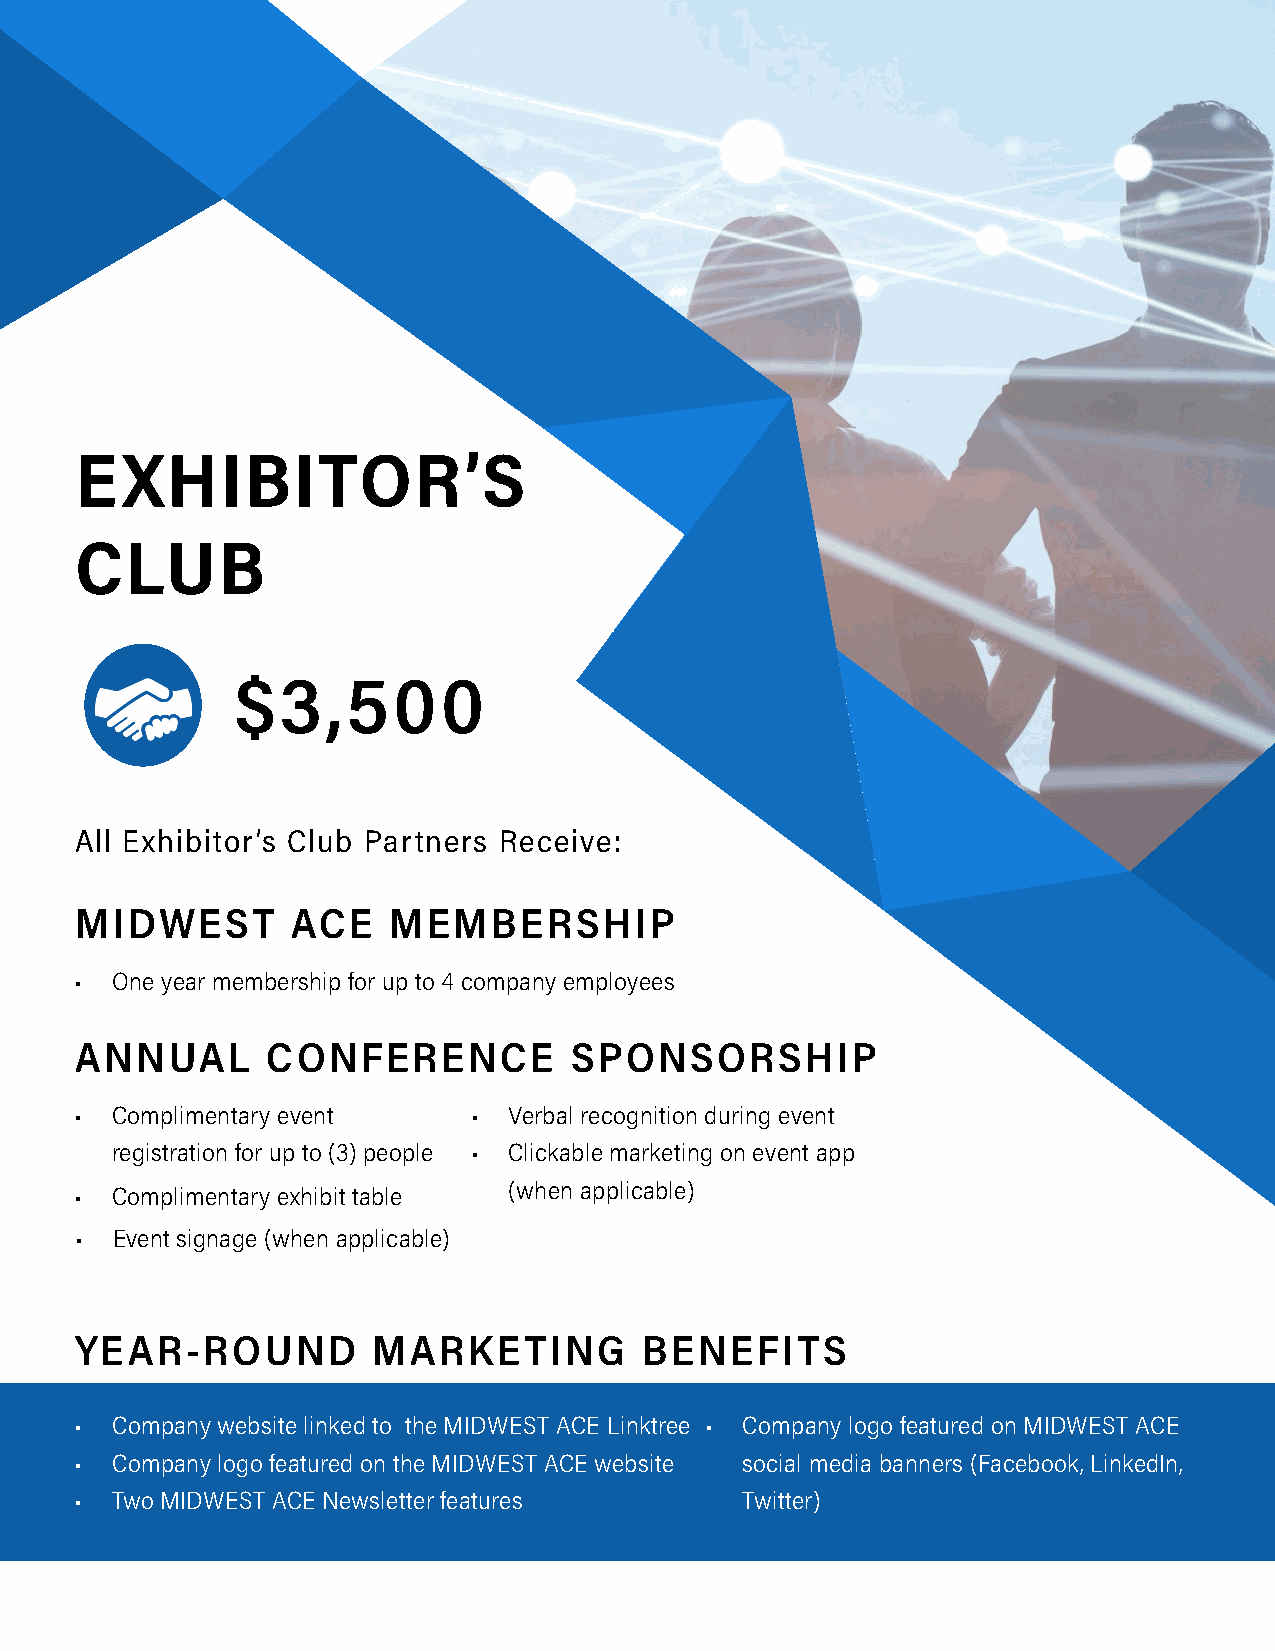
EXHIBITOR’S
 CLUB
 $3,500
 All Exhibitor’s Club Partners Receive:
 MIDWEST       ACE    MEMBERSHIP
 • One year membership for up to 4 company employees
 ANNUAL       CONFERENCE          SPONSORSHIP
 • Complimentary event     •  Verbal recognition during event
 registration for up to (3) people • Clickable marketing on event app
 • Complimentary exhibit table (when applicable)
 • Event signage (when applicable)
 YEAR-ROUND          MARKETING         BENEFITS
 • Company website linked to the MIDWEST ACE Linktree • Company logo featured on MIDWEST ACE
 • Company logo featured on the MIDWEST ACE website social media banners (Facebook, LinkedIn,
 • Two MIDWEST ACE Newsletter features       Twitter)